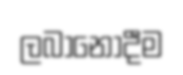
ලබානොදීම